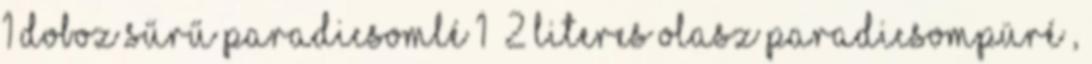
1 doboz sűrű paradicsomlé 1 2 literes olasz paradicsompüré ,